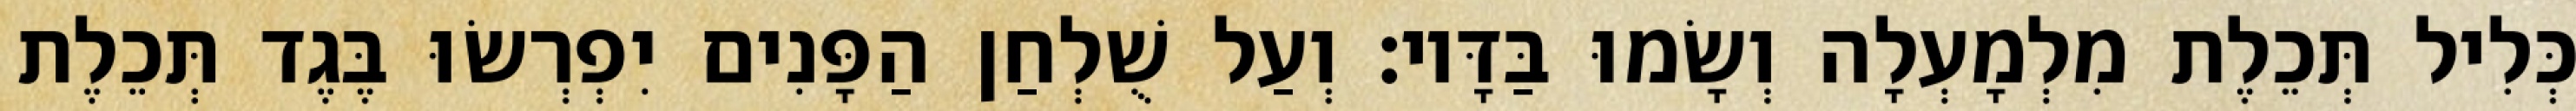
כְּלִיל תְּכֵלֶת מִלְמָעְלָה וְשָׂמוּ בַּדָּיו׃ וְעַל שֻׁלְחַן הַפָּנִים יִפְרְשׂוּ בֶּגֶד תְּכֵלֶת